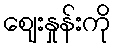
ဈေးနှုန်းကို